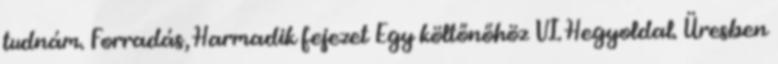
tudnám. Forradás, Harmadik fejezet Egy költőnőhöz VI. Hegyoldal. Üresben